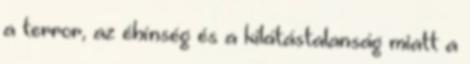
a terror, az éhínség és a kilátástalanság miatt a